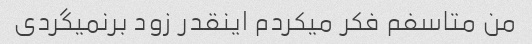
من متاسفم فکر میکردم اینقدر زود برنمیگردی